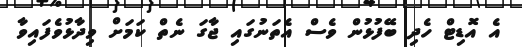
އެ އޮޑިޓް ހެދި ބޭފުޅުން ވެސް އެތަނުގައި ޖާގަ ނެތް ކަމަށް ވިދާޅުވެފައިވާ